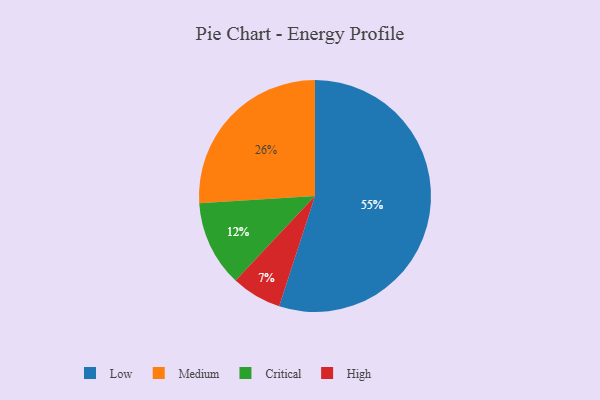
{"axis": {"x": "Category", "y": "Percentage"}, "legend": ["Critical", "High", "Low", "Medium"], "data": [{"x": "Low", "y": 55, "type": "Low"}, {"x": "Critical", "y": 12, "type": "Critical"}, {"x": "High", "y": 7, "type": "High"}, {"x": "Medium", "y": 26, "type": "Medium"}]}